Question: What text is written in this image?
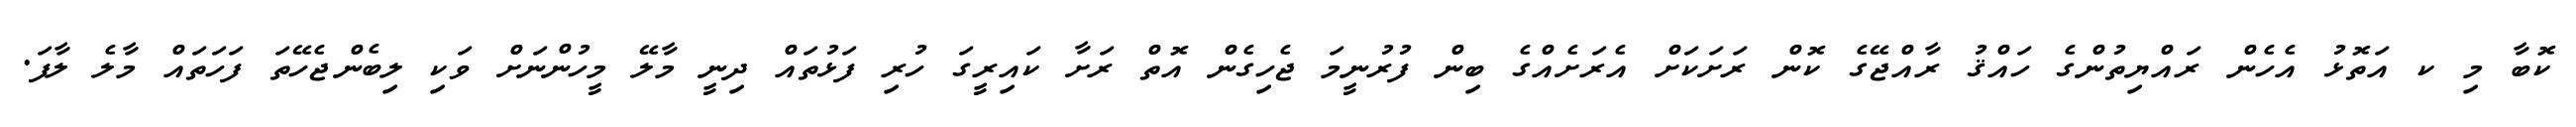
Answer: ކޮބާ މި ކ އަތޮޅު އެހެން ރައްޔިތުންގެ ހައްޤު ރާއްޖޭގެ ކޮން ރަށަކަށް އެރަށެއްގެ ބިން ފުރުނީމަ ޖެހިގެން އޮތް ރަށާ ކައިރީގަ ހުރި ފަޅުތައް ދިނީ މާލޭ މީހުންނަށް ވަކި ލިބެންޖެހޭތަ ފަހަތައް މާލެ ލާފަ.